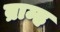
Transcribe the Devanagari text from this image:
ब्राम्ह